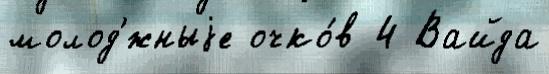
молод'́жныjе очко́в 4 Вайда